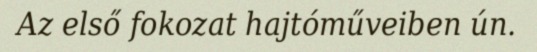
Az első fokozat hajtóműveiben ún.